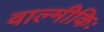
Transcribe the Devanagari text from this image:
वाल्मीकिः